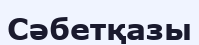
Сәбетқазы